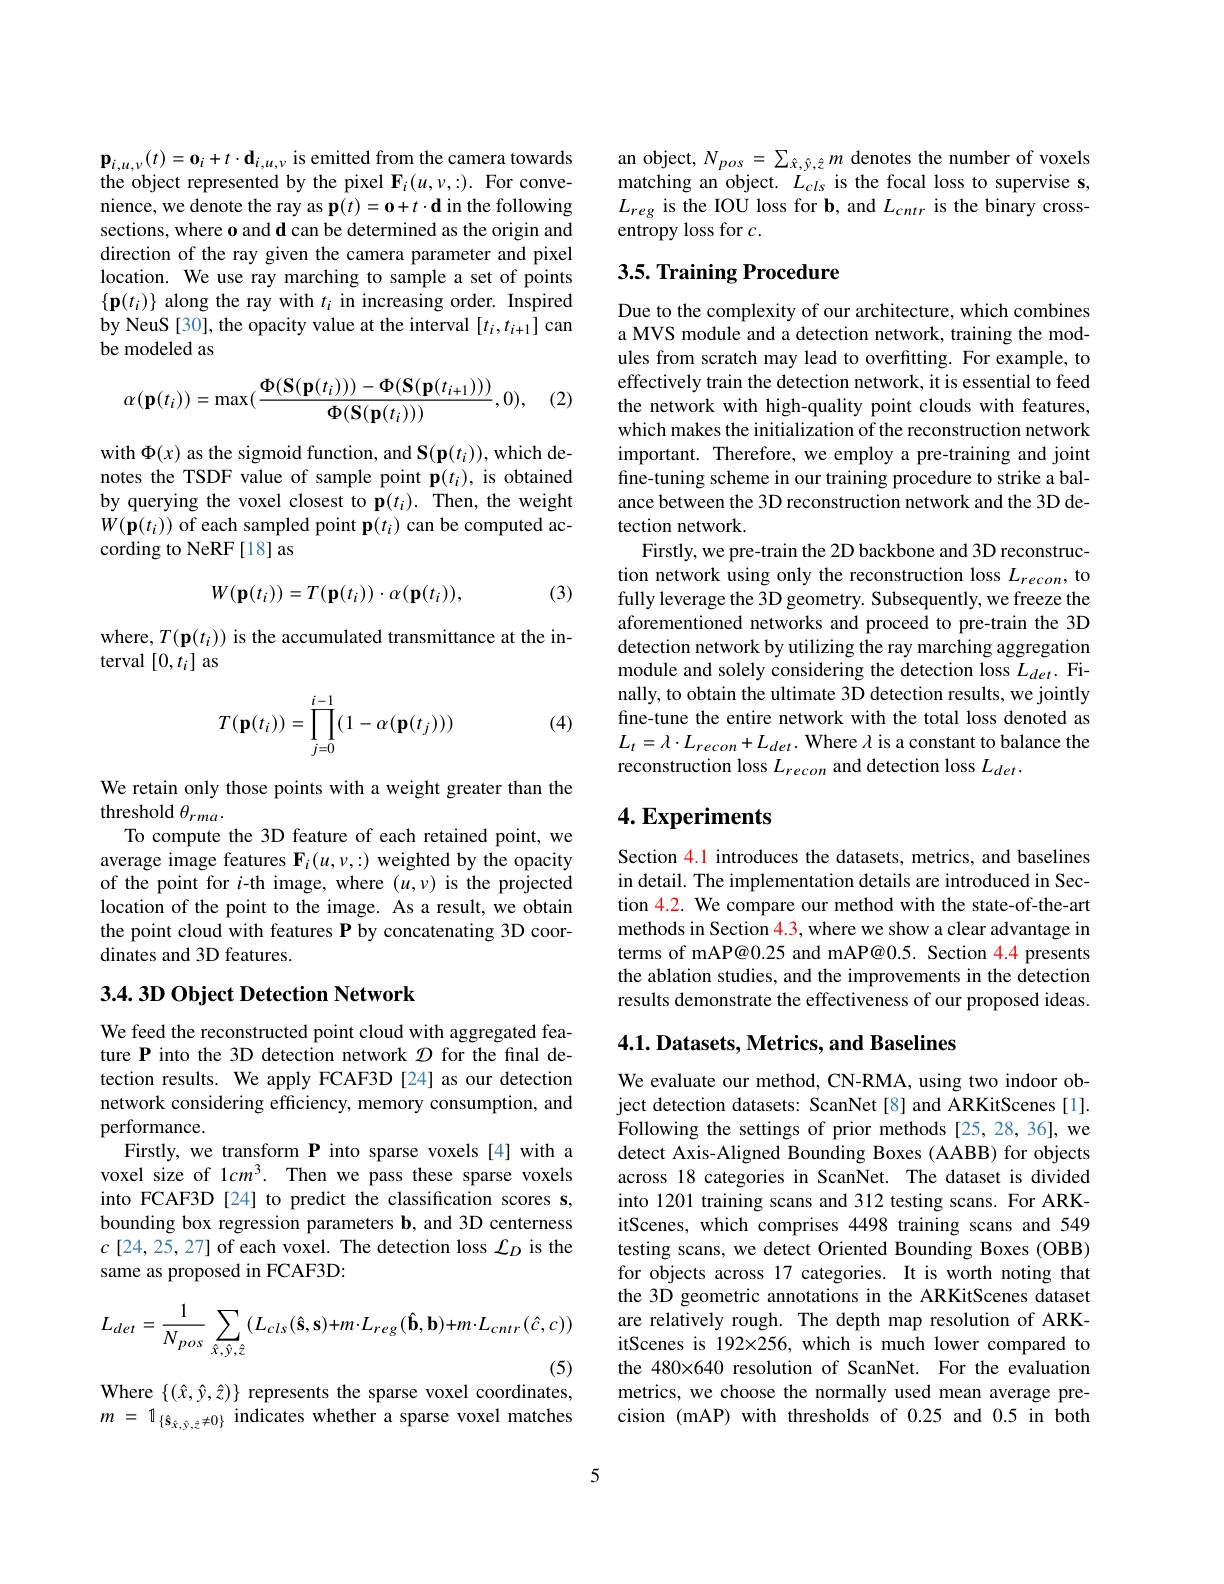
$\mathbf{p}_{i,u,\nu}(t)=\mathbf{0}_{i}+t\cdot\mathbf{d}_{i,u,\nu}$ is emitted from the camera towards the object represented by the pixel $\mathbf{F}_i(u,v,:).$ For convenience, we denote the ray as p$(t)=\mathbf{0}+t\cdot\mathbf{d}$ in the following sections, where o and d can be determined as the origin and direction of the ray given the camera parameter and pixel location. We use ray marching to sample a set of points $\{\mathbf{p}(t_i)\}$ along the ray with $t_i$ in increasing order. Inspired by NeuS [30], the opacity value at the interval $[t_i,t_{i+1}]$ can be modeled as

(2)
$$\alpha(\mathbf{p}(t_i))=\max(\frac{\Phi(\mathbf{S}(\mathbf{p}(t_i)))-\Phi(\mathbf{S}(\mathbf{p}(t_{i+1})))}{\Phi(\mathbf{S}(\mathbf{p}(t_i)))},0),$$
with $\Phi(x)$ as the sigmoid function, and S$(\mathbf{p}(t_{i}))$, which denotes the TSDF value of sample point p$(t_i)$, is obtained by querying the voxel closest to p$(t_i).$ Then, the weight $W(\mathbf{p}(t_{i}))$ of each sampled point p$(t_i)$ can be computed according to NeRF [18] as

(3)
$$W(\mathbf{p}(t_i))=T(\mathbf{p}(t_i))\cdot\alpha(\mathbf{p}(t_i)),$$
where, $T(\mathbf{p}(t_{i}))$ is the accumulated transmittance at the in-
terval $[0,t_i]$ as
$$T(\mathbf{p}(t_i))=\prod\limits_{j=0}^{i-1}(1-\alpha(\mathbf{p}(t_j)))$$
(4)

We retain only those points with a weight greater than the
threshold $\theta_{rma}.$
To compute the 3D feature of each retained point, we average image features $\mathbf{F}_i(u,\nu,:)$ weighted by the opacity of the point for $i$-th image, where $(u,\nu)$ is the projected location of the point to the image. As a result, we obtain the point cloud with features P by concatenating 3D coordinates and 3D features.

## 3.4. 3D Object Detection Network

We feed the reconstructed point cloud with aggregated feature P into the 3D detection network $\mathcal{D}$ for the final detection results. We apply FCAF3D [24] as our detection network considering efficiency, memory consumption, and performance.
Firstly, we transform P into sparse voxels[4] with a voxel size of 1$cm^3.$ Then we pass these sparse voxels into FCAF3D[24] to predict the classification scores s, bounding box regression parameters b, and 3D centerness $c[24,25,27]$ of each voxel. The detection loss $\mathcal{L}_D$ is the same as proposed in FCAF3D:
$$L_{det}=\frac{1}{N_{pos}}\sum_{\hat{x},\hat{y},\hat{z}}(L_{cls}(\hat{\mathbf{s}},\mathbf{s})+m\cdot L_{reg}(\hat{\mathbf{b}},\mathbf{b})+m\cdot L_{cntr}(\hat{c},c))$$
Where $\{(\hat{x},\hat{y},\hat{z})\}$ represents the sparse voxel coordinates,

$m~=~1_{\{\hat{\mathbf{s}}_{\hat{x},\hat{y},\hat{z}}\neq0\}}~$indicates whether a sparse voxel matches

an object, $N_{pos}=\sum_{\hat{x},\hat{y},\hat{z}}m$ denotes the number of voxels matching an object. $L_{cls}$ is the focal loss to supervise s, $L_{reg}$ is the IOU loss for b, and $L_cntr$ is the binary crossentropy loss for $c.$

## 3.5. Training Procedure

Due to the complexity of our architecture, which combines a MVS module and a detection network, training the modules from scratch may lead to overfitting. For example, to effectively train the detection network, it is essential to feed the network with high-quality point clouds with features, which makes the initialization of the reconstruction network important. Therefore, we employ a pre-training and joint fine-tuning scheme in our training procedure to strike a balance between the 3D reconstruction network and the 3D detection network
Firstly, we pre-train the 2D backbone and 3D reconstruction network using only the reconstruction loss $L_{recon}$, to fully leverage the 3D geometry. Subsequently, we freeze the aforementioned networks and proceed to pre-train the 3D detection network by utilizing the ray marching aggregation module and solely considering the detection loss $L_det.$ Finally, to obtain the ultimate 3D detection results, we jointly fine-tune the entire network with the total loss denoted as $L_{t}=\lambda\cdot L_{recon}+L_{det}.$ Where $\lambda$ is a constant to balance the reconstruction loss $L_{recon}$ and detection loss $L_det.$

# 4. Experiments

Section 4.1 introduces the datasets, metrics, and baselines in detail. The implementation details are introduced in Section 4.2. We compare our method with the state-of-the-art methods in Section 4.3, where we show a clear advantage in terms of mAP@0.25 and mAP@0.5. Section 4.4 presents the ablation studies, and the improvements in the detection results demonstrate the effectiveness of our proposed ideas.

## $4. 1. \textbf{ Datasets, Metrics, and Baselines}$

We evaluate our method, CN-RMA, using two indoor object detection datasets: ScanNet[8] and ARKitScenes[1]. Following the settings of prior methods[25,28,36], we detect Axis-Aligned Bounding Boxes (AABB) for objects across 18 categories in ScanNet. The dataset is divided into 1201 training scans and 312 testing scans. For ARKitScenes, which comprises 4498 training scans and 549 testing scans, we detect Oriented Bounding Boxes (OBB) for objects across 17 categories. It is worth noting that the 3D geometric annotations in the ARKitScenes dataset are relatively rough. The depth map resolution of ARKitScenes is 192×256, which is much lower compared to the 480×640 resolution of ScanNet. For the evaluation metrics, we choose the normally used mean average precision (mAP) with thresholds of 0.25 and 0.5 in both

5